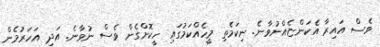
ވެސް އައިރާ އެކަންޏެއްނުވާނެ. ނިކަމެތި މީހެއްކަމުގައި ހީކޮށްގެން ވެސް ނުވާނެ. އަދި އަހަރުމެން